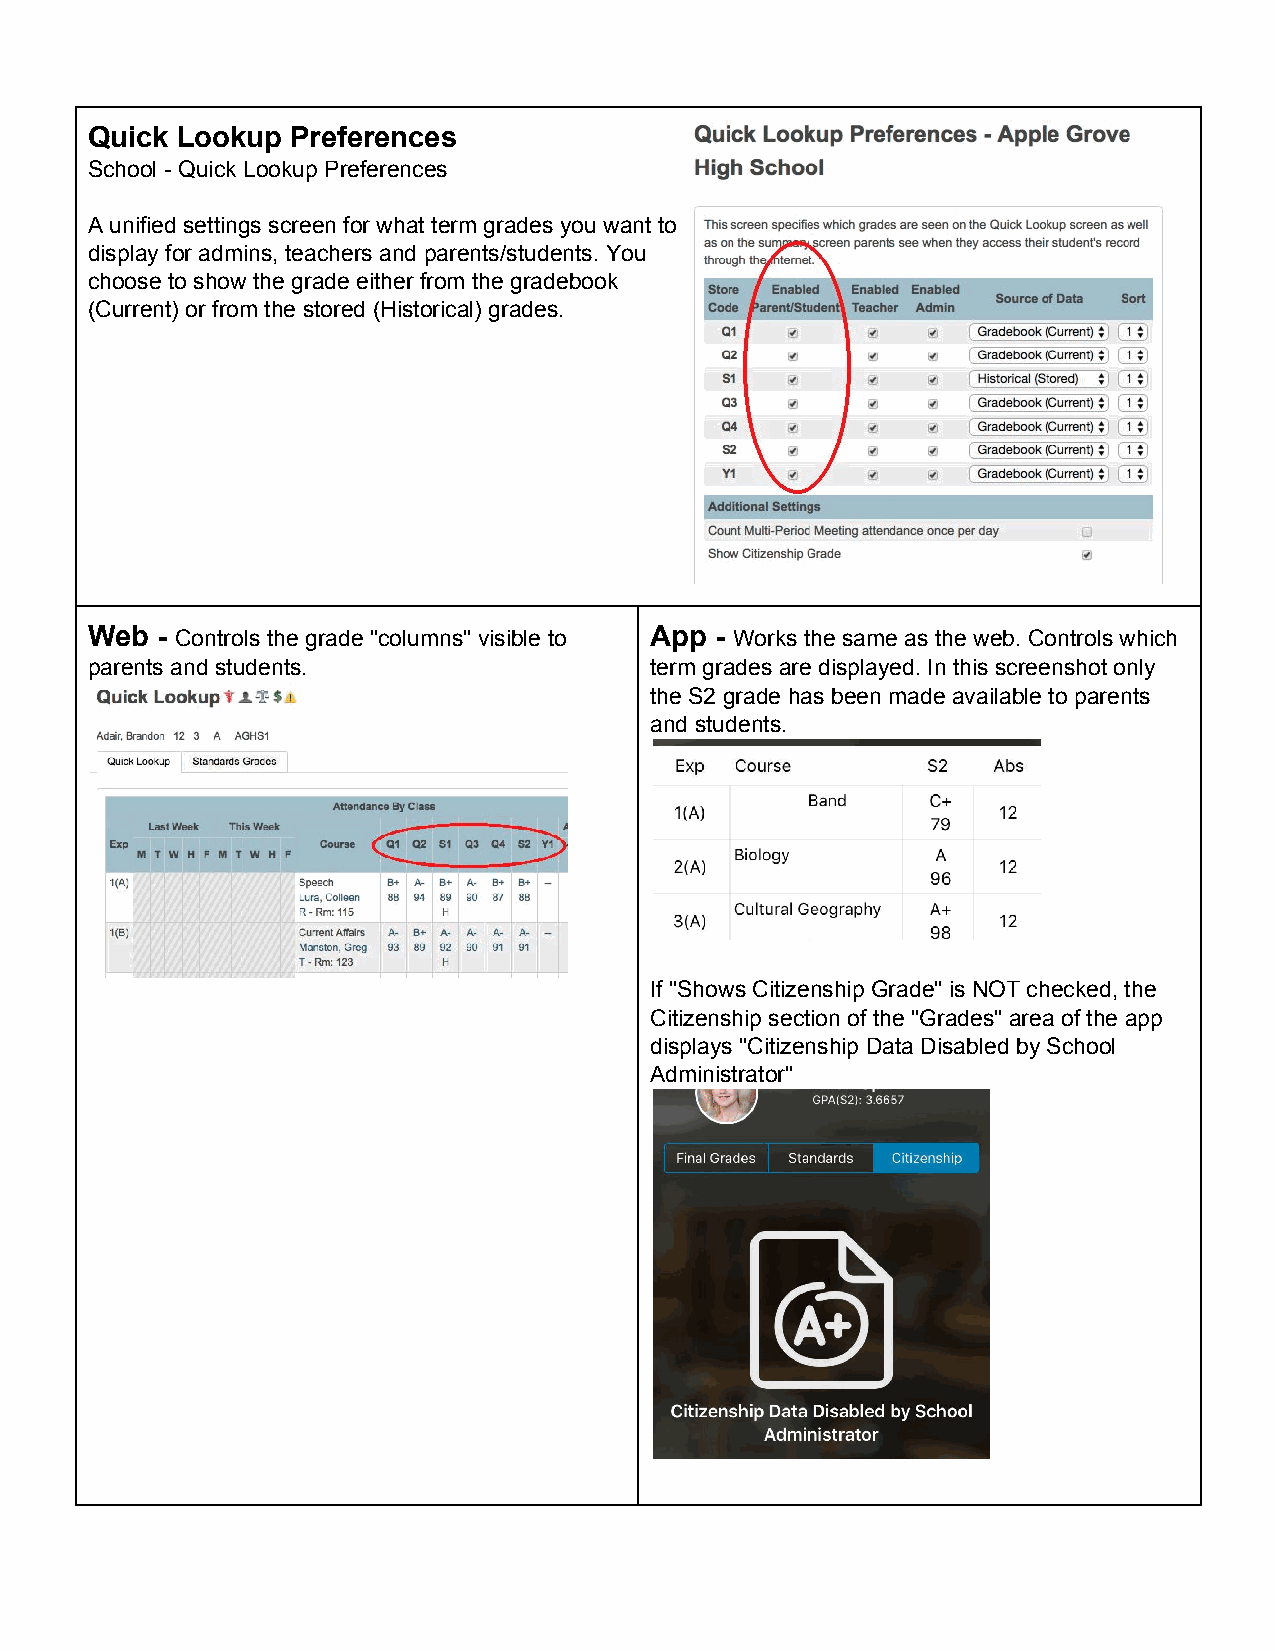
Quick Lookup Preferences
 School ­ Quick Lookup Preferences
 A unified settings screen for what term grades you want to
 display for admins, teachers and parents/students. You
 choose to show the grade either from the gradebook
 (Current) or from the stored (Historical) grades.
 Web ­ Controls the grade "columns" visible to App ­ Works the same as the web. Controls which
 ​                                    ​
 parents and students.                term grades are displayed. In this screenshot only
 the S2 grade has been made available to parents
 and students.
 If "Shows Citizenship Grade" is NOT checked, the
 Citizenship section of the "Grades" area of the app
 displays "Citizenship Data Disabled by School
 Administrator"